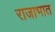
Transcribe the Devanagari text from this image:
राजाभात